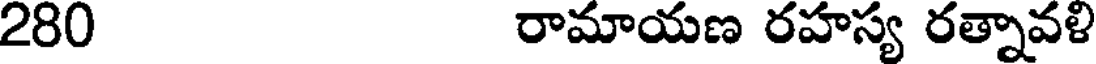
280 రామాయణ రహస్య రత్నావళి